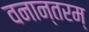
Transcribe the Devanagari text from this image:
वनान्तरम्